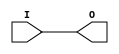
module IBUF_PCI66_3 (O, I);

    output O;

    input  I;

	buf B1 (O, I);


endmodule